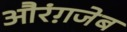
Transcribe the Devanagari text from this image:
औरंग़जेब